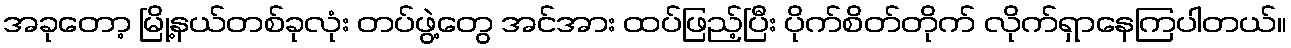
အခုတော့ မြို့နယ်တစ်ခုလုံး တပ်ဖွဲ့တွေ အင်အား ထပ်ဖြည့်ပြီး ပိုက်စိတ်တိုက် လိုက်ရှာနေကြပါတယ်။